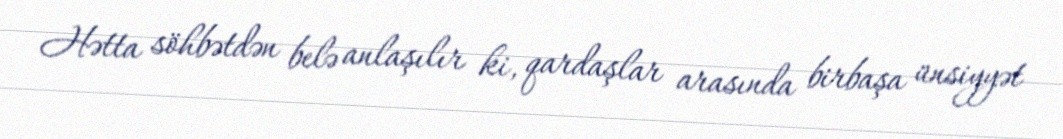
Hətta söhbətdən belə anlaşılır ki, qardaşlar arasında birbaşa ünsiyyət